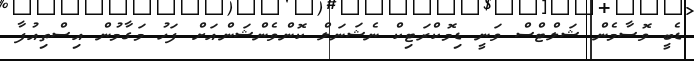
ޑެބީ ވޮސާމެން ޝަލްޓްސް ވަނީ ޑިމޮކްރަޓިކް ނެޝަނަލް ކޮންވެންޝަންއަށް ފަހު މަގާމުން އިސްތިއުފާ